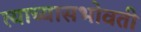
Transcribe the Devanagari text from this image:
त्याच्यासभोवती